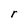
Character: r